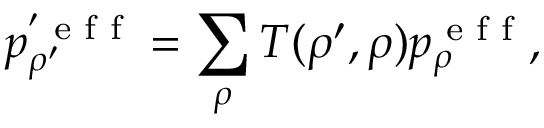
p _ { \rho ^ { \prime } } ^ { ' \textrm { e f f } } = \sum _ { \rho } T ( \rho ^ { \prime } , \rho ) p _ { \rho } ^ { \textrm { e f f } } ,